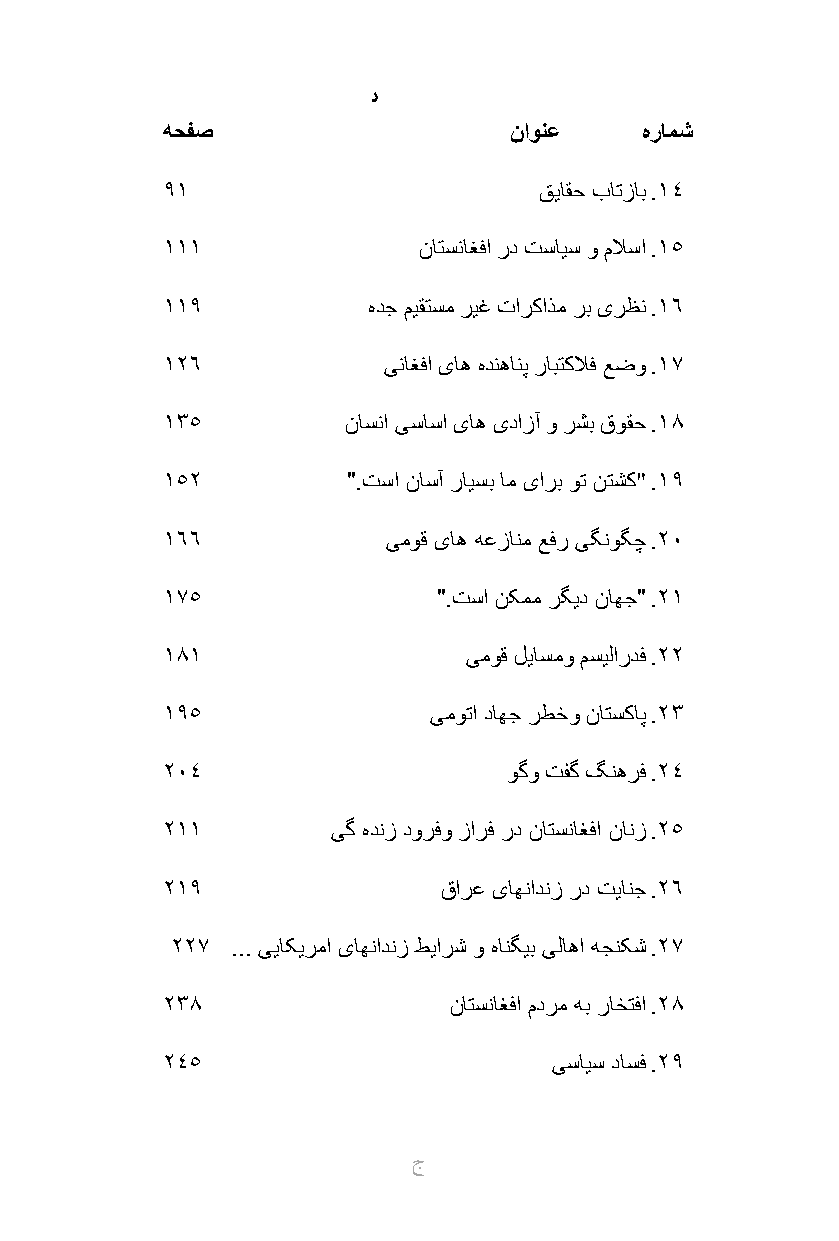
اه دادیور و اه لیلحت ـ اه هاگدید
 هحفص                   ناونع    هرامش
 91                       قیاقح باتزاب .14
 111              ناتسناغفا رد تسایس و ملاسا .15
 119          هدج میقتسم ریغ تارکاذم رب یرظن .16
 126           یناغفا یاه هدنهانپ رابتکلاف عضو .17
 135         ناسنا یساسا یاه یدازآ و رشب قوقح .18
 152         ".تسا ناسآ رایسب ام یارب وت نتشک" .19
 166            یموق یاه هعزانم عفر یگنوگچ .20
 175               ".تسا نکمم رگید ناهج" .21
 181                 یموق لیاسمو مسیلاردف .22
 195              یموتا داهج رطخو ناتسکاپ .23
 204                    وگو تفگ گنهرف .24
 211        یگ هدنز دورفو زارف رد ناتسناغفا نانز .25
 219               قارع یاهنادنز رد تیانج .26
 227 ... ییاکیرما یاهنادنز طیارش و هانگیب یلاها هجنکش .27
 238                ناتسناغفا مدرم هب راختفا .28
 245                       یسایس داسف .29
 ج